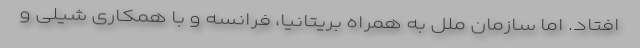
افتاد. اما سازمان ملل به همراه بریتانیا، فرانسه و با همکاری شیلی و